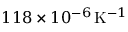
1 1 8 \times 1 0 ^ { - 6 } \, \mathrm { K } ^ { - 1 }